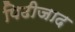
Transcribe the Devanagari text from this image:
पिढीजाद